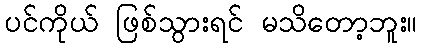
ပင်ကိုယ် ဖြစ်သွားရင် မသိတော့ဘူး။